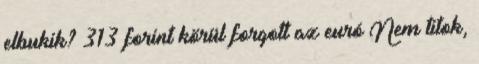
elbukik? 313 forint körül forgott az euró Nem titok,